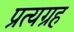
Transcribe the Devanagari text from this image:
प्रत्यग्रह